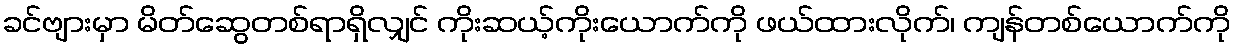
ခင်ဗျားမှာ မိတ်ဆွေတစ်ရာရှိလျှင် ကိုးဆယ့်ကိုးယောက်ကို ဖယ်ထားလိုက်၊ ကျန်တစ်ယောက်ကို